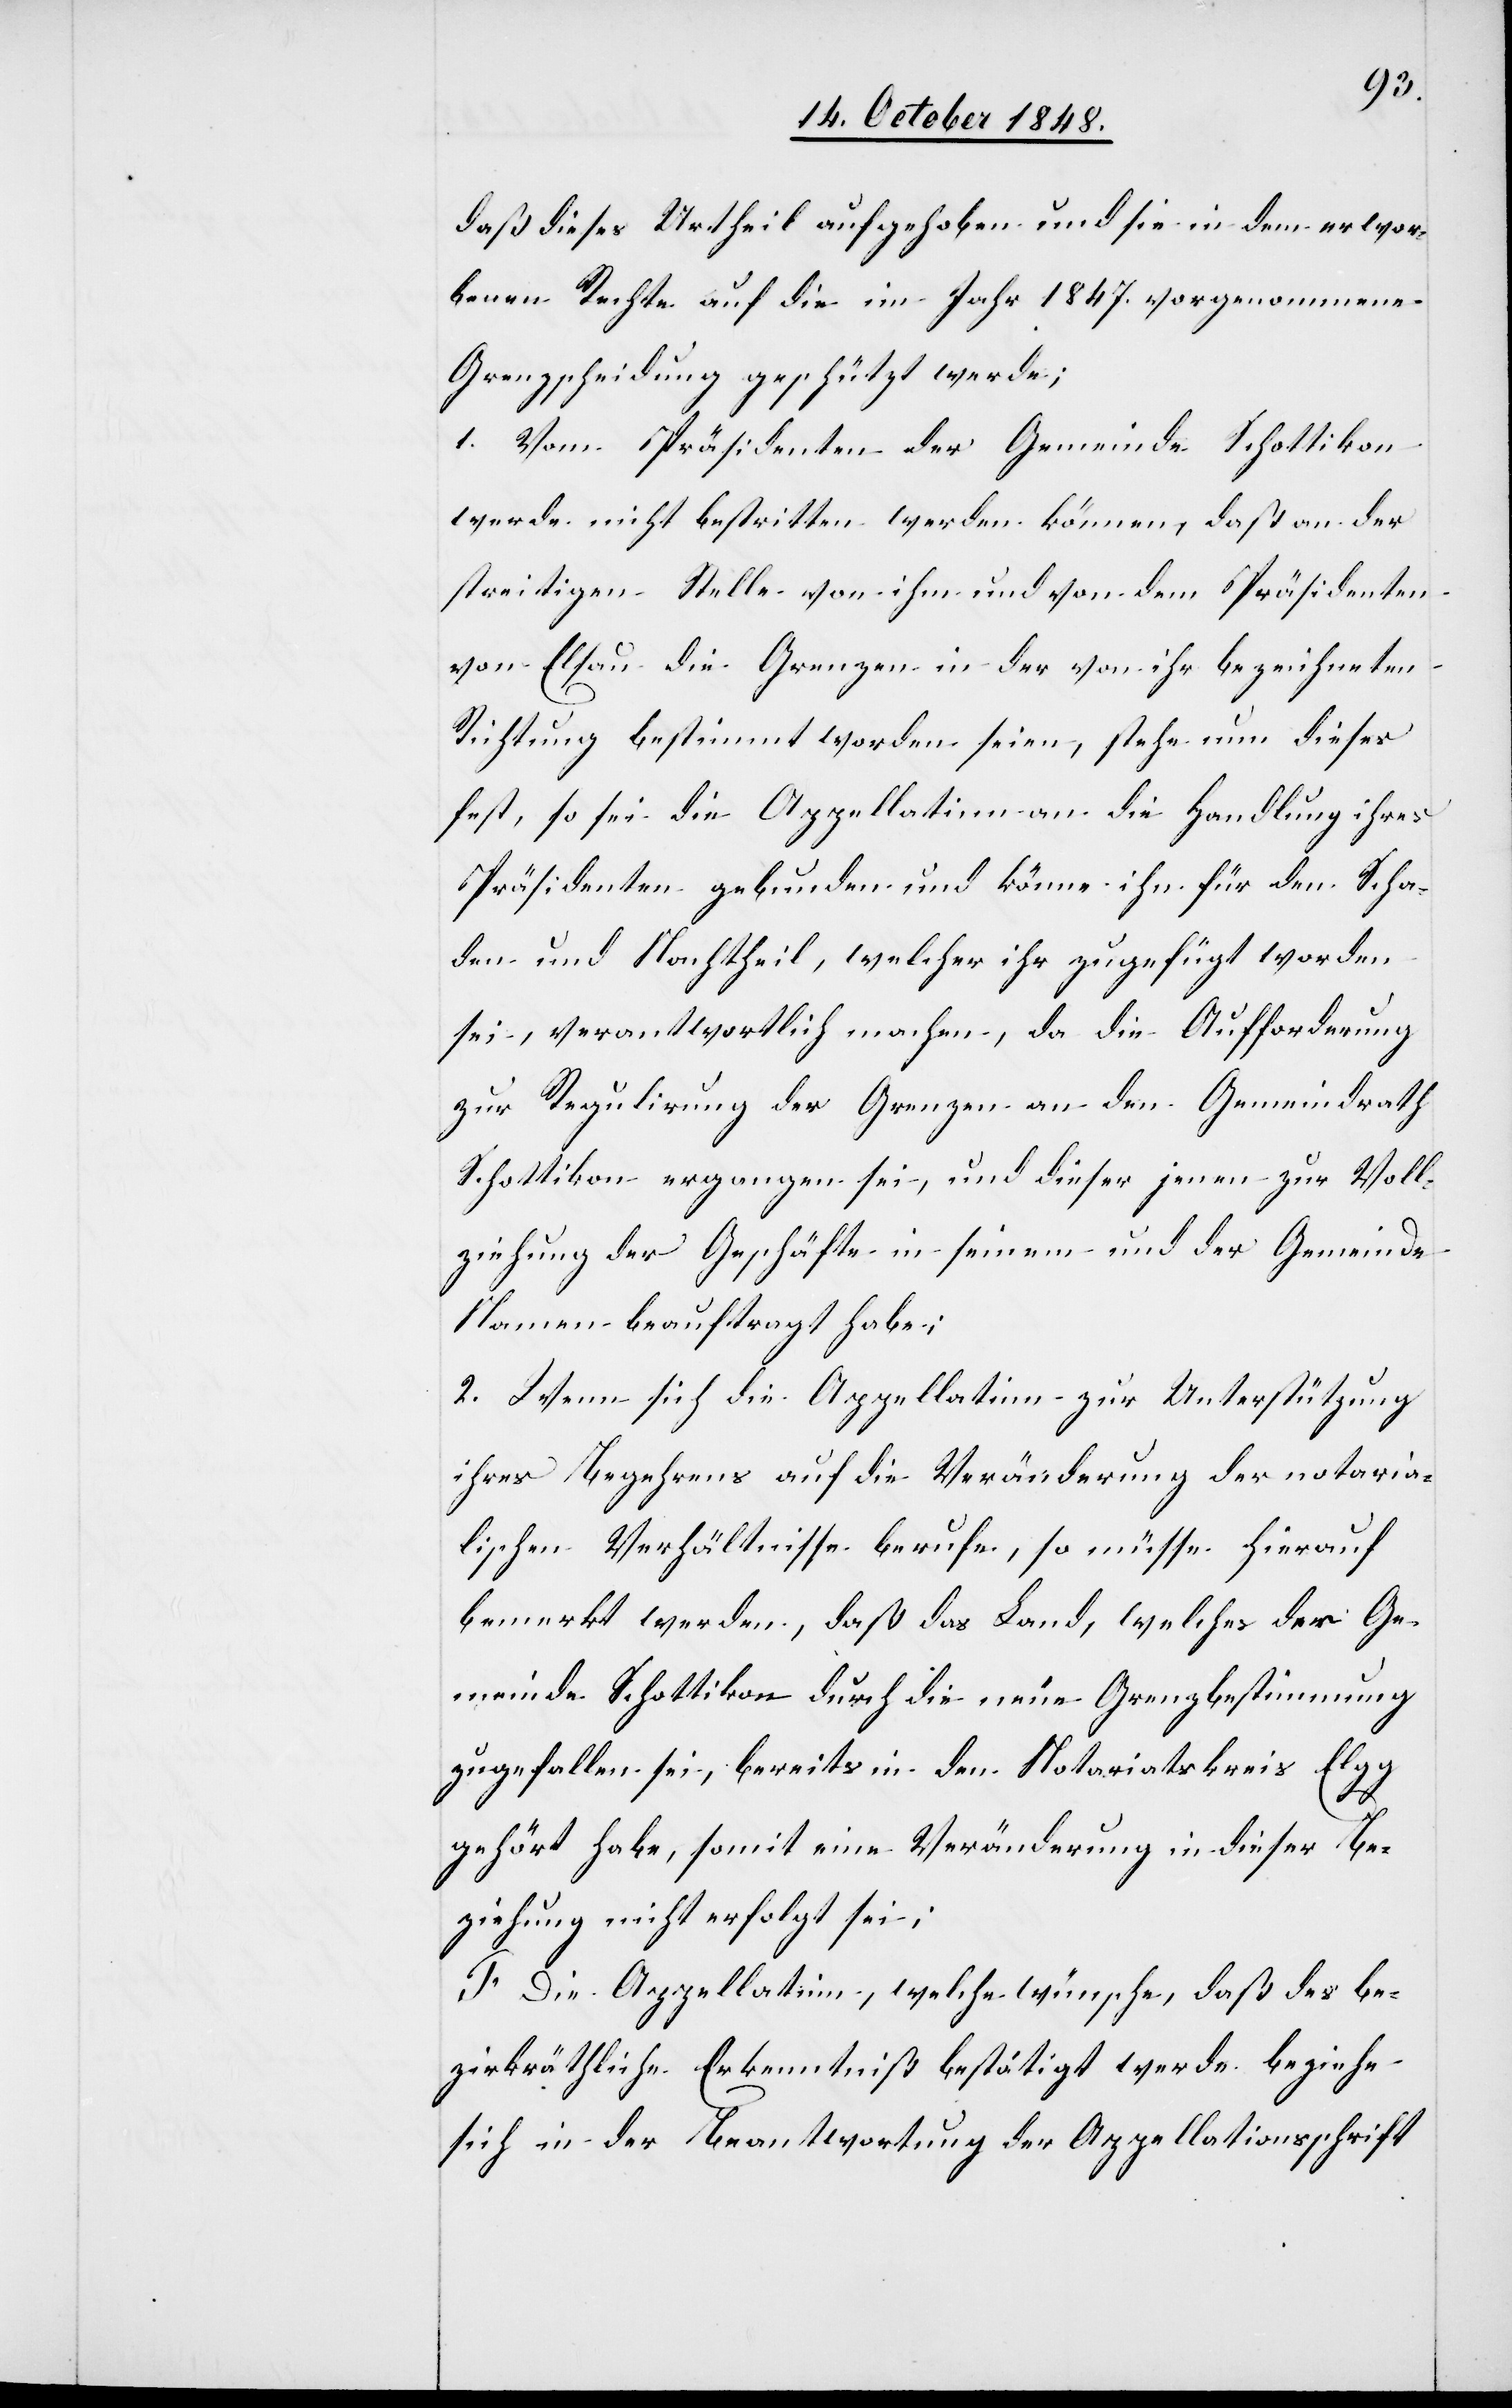
daß dieses Urtheil aufgehoben und sie in dem erwor¬
benen Rechte auf die im Jahr 1847. vorgenommene
Grenzscheidung geschützt werde;
1. Vom Präsidenten der Gemeinde Schottikon
werde nicht bestritten werden können, daß an der
streitigen Stelle von ihm und von dem Präsidenten
von Elsau die Grenzen in der von ihr bezeichneten
Richtung bestimmt worden seien, stehe nun dieses
fest, so sei die Appellatinn an die Handlung ihres
Präsidenten gebunden und könne ihn für den Scha¬
den und Nachtheil, welcher ihr zugefügt worden
sei, verantwortlich machen, da die Aufforderung
zur Regulirung der Grenzen an den Gemeindrath
Schottikon ergangen sei, und dieser jenen zur Voll¬
ziehung der Geschäfte in seinem und der Gemeinde
Namen beauftragt habe;
2. Wenn sich die Appellatinn zur Unterstützung
ihres Begehrens auf die Veränderung der notaria¬
lischen [sic!] Verhältnisse berufe, so müsse hierauf
bemerkt werden, daß das Land, welches der Ge¬
meinde Schottikon durch die neue Grenzbestimmung
zugefallen sei, bereits in den Notariatskreis Elgg
gehört habe, somit eine Veränderung in dieser Be¬
ziehung nicht erfolgt sei;
F. Die Appellatinn, welche wünsche, daß des be¬
zirksräthliche Erkenntniß bestätigt werde beziehe
sich in der Beantwortung der Appellationsschrift